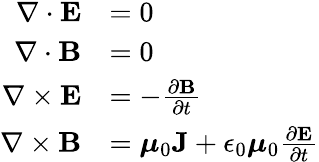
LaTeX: {\begin{array}{rl}{\nabla\cdot\mathbf{E}}&{=0}\\ {\nabla\cdot\mathbf{B}}&{=0}\\ {\nabla\times\mathbf{E}}&{=-{\frac{\partial\mathbf{B}}{\partial t}}}\\ {\nabla\times\mathbf{B}}&{={\boldsymbol{\mu}}_{0}\mathbf{J}+\epsilon_{0}{\boldsymbol{\mu}}_{0}{\frac{\partial\mathbf{E}}{\partial t}}}\end{array}}